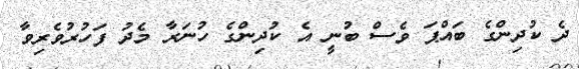
ދެ ކުދިންގެ ބައްޕަ ވެސް ބުނީ އެ ކުދިންގެ ހުނަރާ މެދު ފަހުރުވެރިވާ